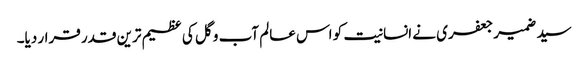
سید ضمیر جعفری نے انسانیت کو اس عالم آب و گل کی عظیم ترین قدر قرار دیا۔